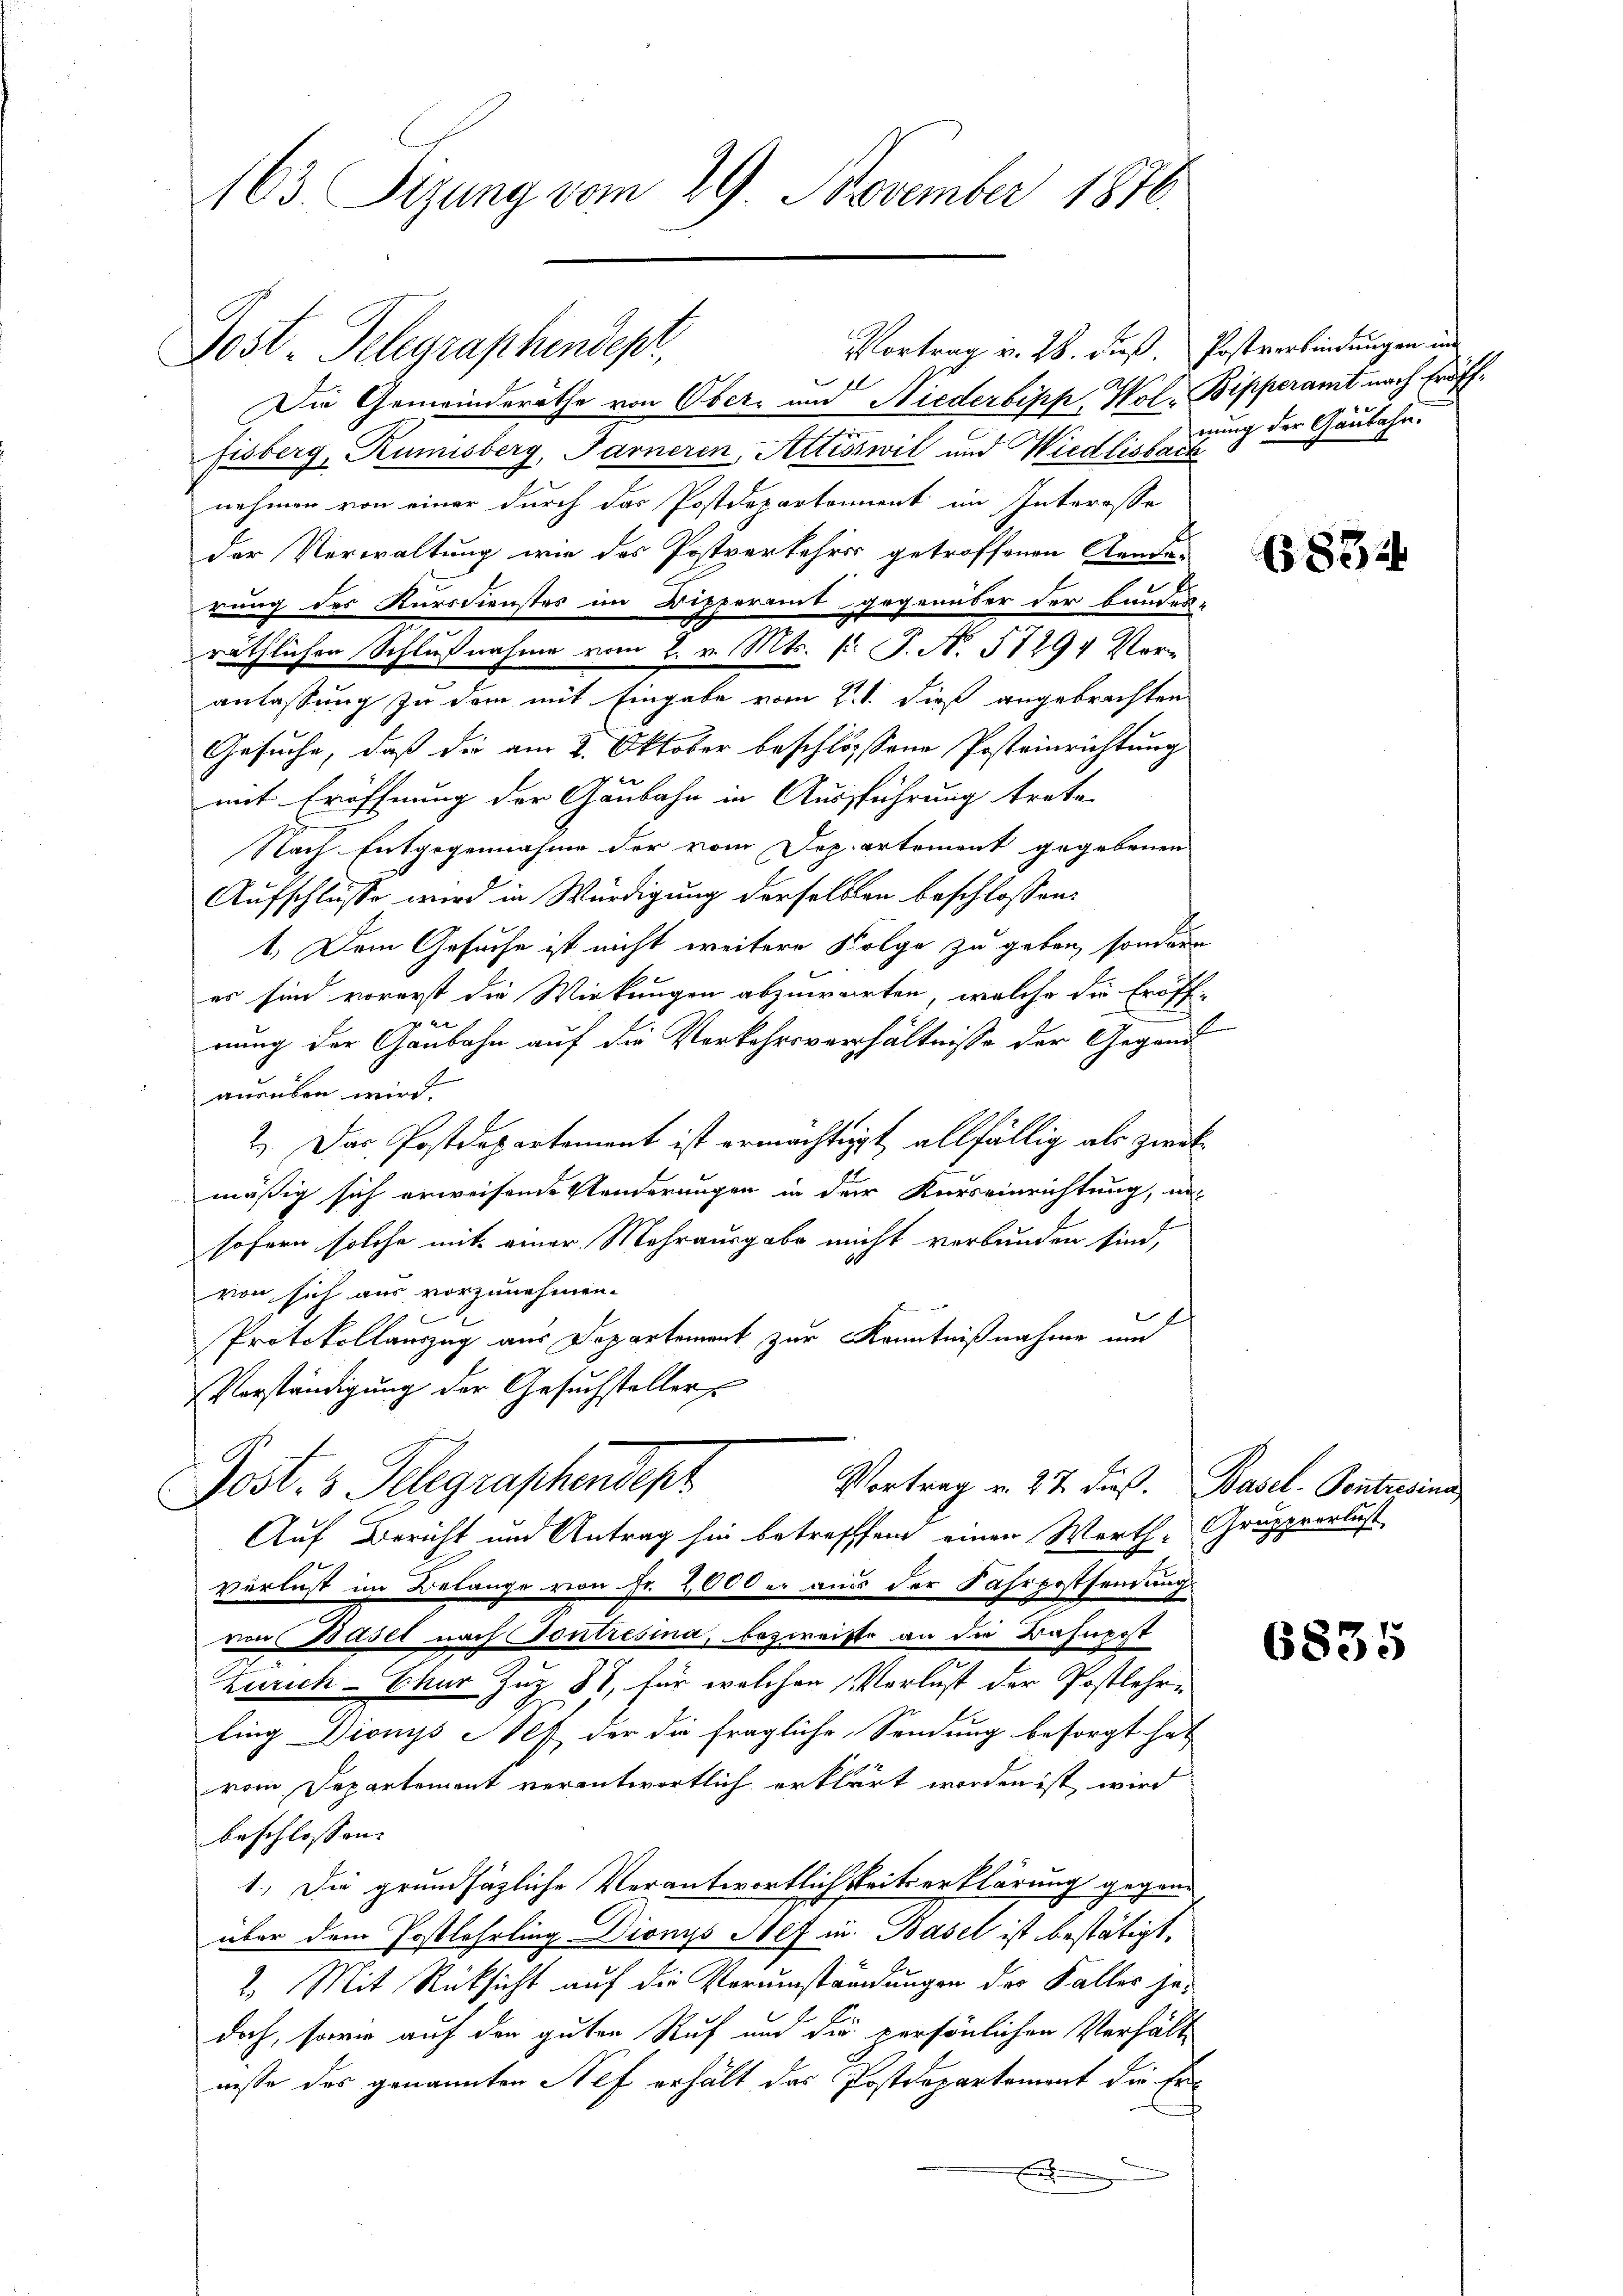
163. Sizung vom 29 November 1870.

Vortrag v. 28. dieß. Postverbindungen im
Die Gemeinderäthe von Ober- und Niederbipp, Wol- Bipperamt nach Eröfffsberg, Kümisberg, Farneren Attisswil und Wiedlisbach
nehmen von einer durch das Postdepartament im Interesse
der Verwaltung wie des Postverkehres getroffenen Kande-
rung des Kursdienstes im Dipperamt gegenüber der Bundes-
räthlichen Schlußnahme vom 2. v. Mts. l. J. N. 57294 Vor-
anlassung zu dem mit Eingabe vom 2. t. dieß angebrachten
Gesuche, daß die am 2. Oktober beschlossene Posteinrichtung
2
mit Eröffnung der Ganbahn in Ausführung trete
Nach Entgegennahme der vom Departement gegebenen
Aufschlusse wird in Würdigung derselben beschlossen:
1.) Dem Gesuche ist nicht weitere Folge zu geben, sondern
er sind vorerst die Wirkungen abzuwarten, welche die Eröffp
nung der Ganbahn auf die Verkehrsverhältnisse der Gegend
ausüben wird.
2.) Das Postdepartement ist ermächtigt allfällig als zwolmäßig sich erweisende Kinderungen in der Kurseinrichtung, na
sofern solche mit einer Mehrausgabe nicht verbunden sind,
von sich aus vorzunehmen.
Protokollauszug aus Departement zur Kenntnißnahme und
Verständigung der Gesuchsteller
Vortrag v. 27. dieß. Basel - Pontresinn
Post. 3. Telegraphendept
Auf Bericht und Antrag hin betreffend einen Werth-Gruppverlust
verlust im Belange von Fr. 2000 er aus der Fahrpostsendung
von Basel nach Contresina, bezweife an die Bahnerst
Zürich - nur Zug 88, für welchen Verlust der Postlehre
ling Dionys es der die fragliche Sendung besorgt hat
vom Departement verantwortlich erklärt worden ist, wird
beschlossen:
1.) Die grundsätzliche Verantwortlich seitserklärung gegenüber dem Postlehrling Dionys Hef in Basel ist bestätigt,
2) Mit Rücksicht auf die Perumständungen der Falles jedoch, sowie auf der guten Ruf und die persönlichen Verhält
nesse des genannten Nef erhält das Postdepartement die Er¬

Post. Telegraphendepr

nung der Gaubahn.

685

6835